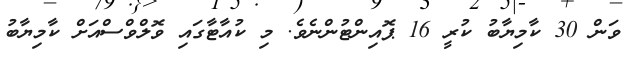
ވަން 30 ކާމިޔާބު ކުރީ 16 ޕޮއިންޓުންނެވެ. މި ކުއާޓާގައި ވޮލްވްސްއަށް ކާމިޔާބު